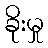
ခိုးမှု